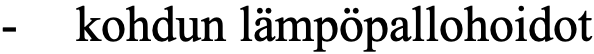
-  kohdun lämpöpallohoidot